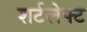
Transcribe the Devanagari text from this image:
शर्टलेफ्ट